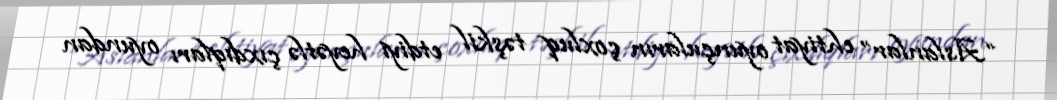
“Aslanlar” ehtiyat oyunçuların çoxluq təşkil etdiyi heyətlə çıxdıqları oyundan